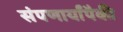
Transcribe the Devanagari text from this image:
संपणार्यांपैकी